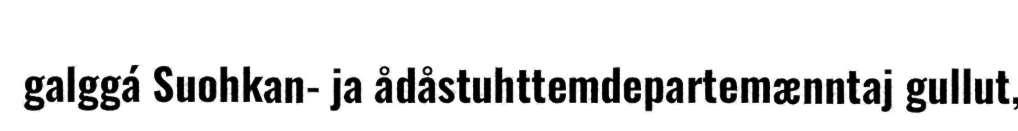
galggá Suohkan- ja ådåstuhttemdepartemænntaj gullut,